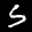
Label: 5